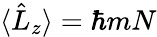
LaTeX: \langle\hat{L}_{z}\rangle=\hbar mN